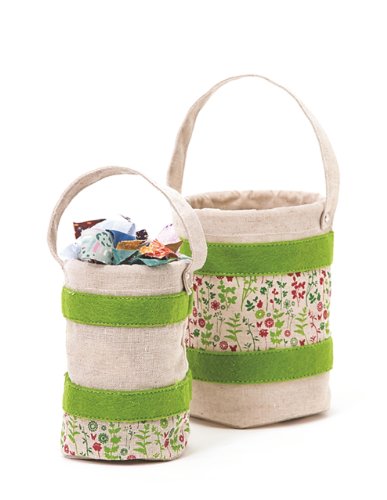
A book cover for Snippet Catchers: 2 Fabric Buckets for Your Scraps, Bits & Threads; C&T Publishing; Crafts, Hobbies & Home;